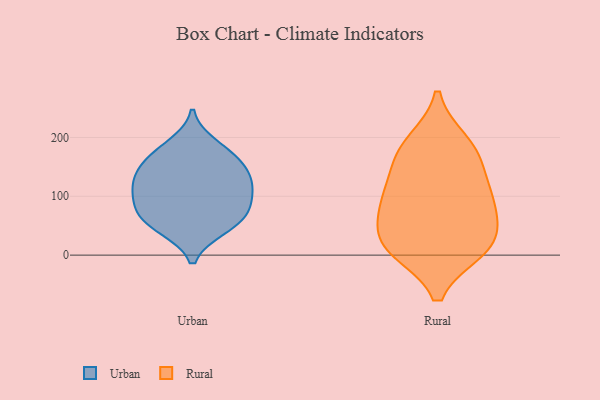
{"axis": {"x": "Demand Index", "y": "Value"}, "legend": ["Rural", "Urban"], "data": [{"x": "", "y": 82, "type": "Urban"}, {"x": "", "y": 131, "type": "Urban"}, {"x": "", "y": 72, "type": "Urban"}, {"x": "", "y": 45, "type": "Urban"}, {"x": "", "y": 165, "type": "Urban"}, {"x": "", "y": 115, "type": "Urban"}, {"x": "", "y": 188, "type": "Urban"}, {"x": "", "y": 143, "type": "Urban"}, {"x": "", "y": 120, "type": "Urban"}, {"x": "", "y": 47, "type": "Urban"}, {"x": "", "y": 102, "type": "Urban"}, {"x": "", "y": 165, "type": "Urban"}, {"x": "", "y": 69, "type": "Urban"}, {"x": "", "y": 87, "type": "Rural"}, {"x": "", "y": 107, "type": "Rural"}, {"x": "", "y": 190, "type": "Rural"}, {"x": "", "y": 19, "type": "Rural"}, {"x": "", "y": 104, "type": "Rural"}, {"x": "", "y": 19, "type": "Rural"}, {"x": "", "y": 71, "type": "Rural"}, {"x": "", "y": 19, "type": "Rural"}, {"x": "", "y": 167, "type": "Rural"}, {"x": "", "y": 173, "type": "Rural"}, {"x": "", "y": 11, "type": "Rural"}]}